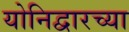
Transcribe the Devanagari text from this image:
योनिद्वारच्या